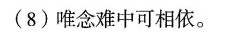
(8)唯念难中可相依。